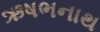
ઋષભનાથ